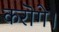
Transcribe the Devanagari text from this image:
करॊगे।